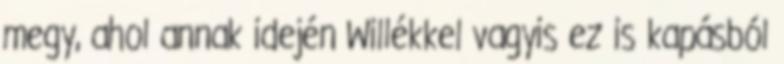
megy, ahol annak idején Willékkel vagyis ez is kapásból